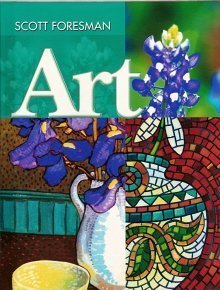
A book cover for SCOTT FORESMAN ART 2005 STUDENT EDITION GRADE 8; Scott Foresman; Teen & Young Adult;